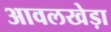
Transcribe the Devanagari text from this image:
आवलखेड़ा